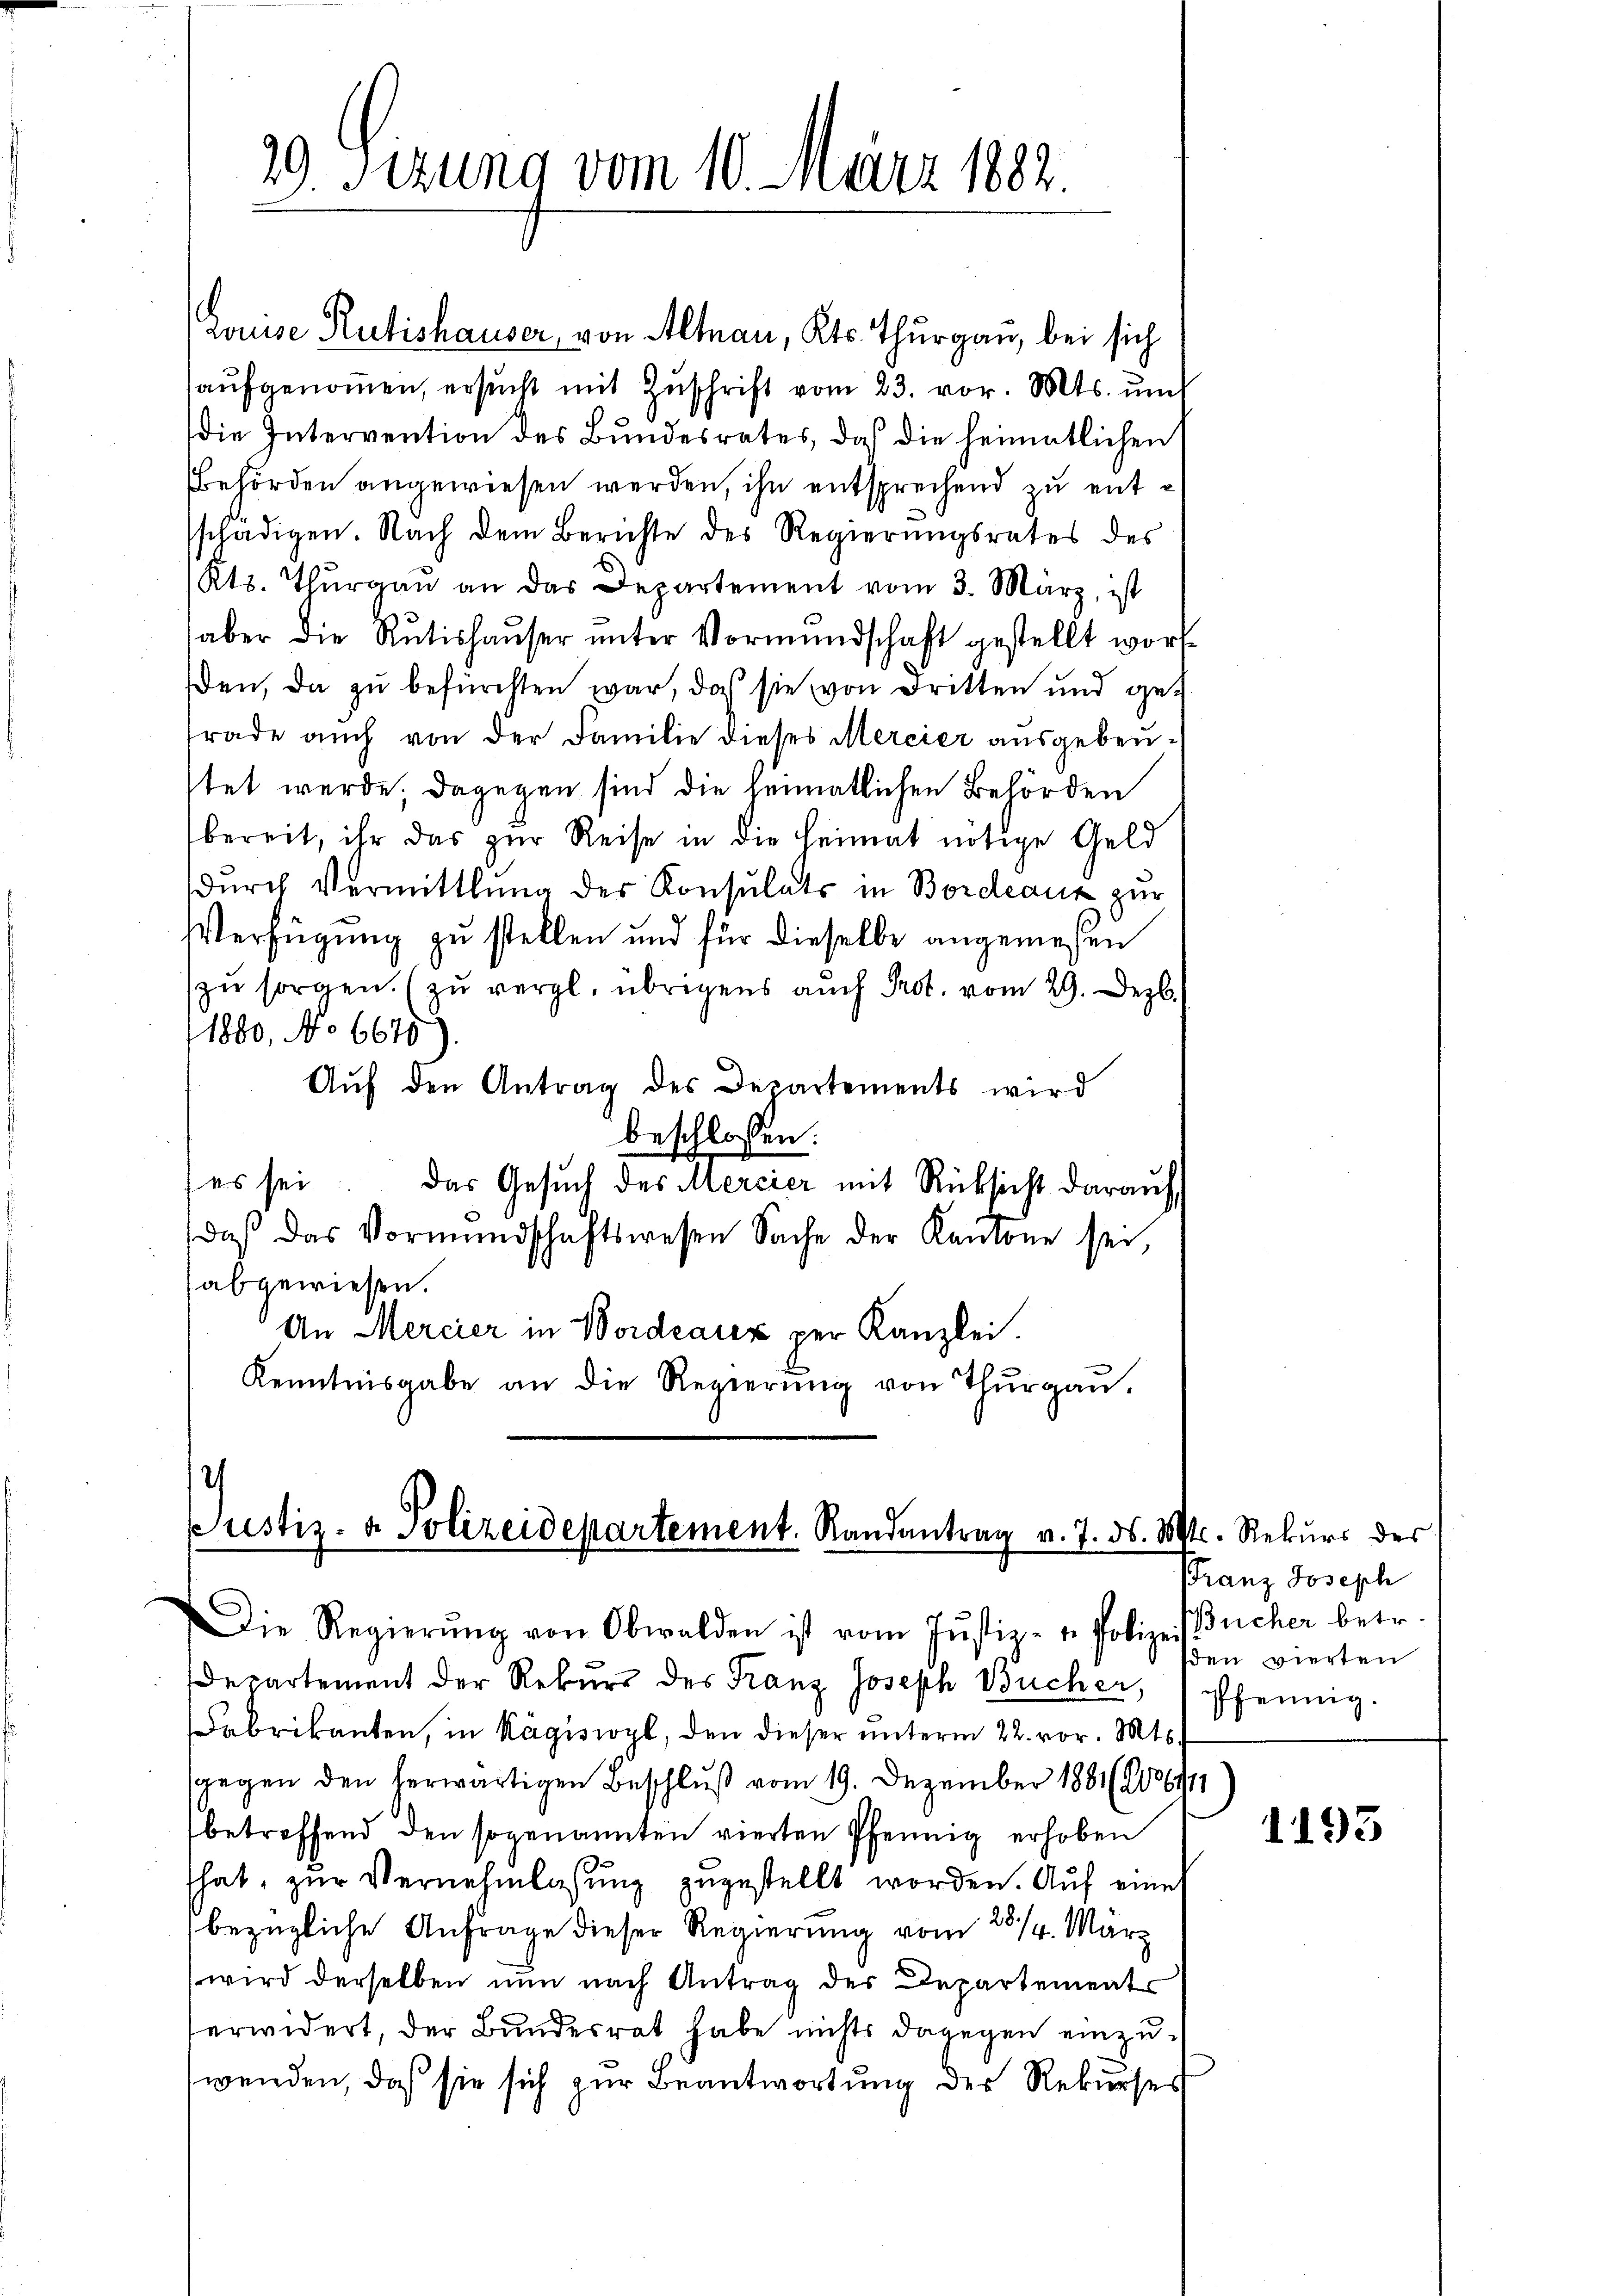
29. Sizung vom 10. März 1882.

Louise Rütishauser, von Altnau, Kts. Thurgau, bei sich
aŭfgenoṁen, ersŭcht mit Zŭschrift vom 23. vor. Mts. ŭm
die Intervention des Bundesrates, daß die heimatlichen
Behörden angewiesen werden, ihn entsprechend zu entschädigen. Nach dem Berichte des Regierŭngsrates des
Kts. Thŭrgaŭ an das Departement vom 3. März, ist
aber die Rütishaŭser ŭnter Vormŭndschaft gestellt wor
ßen, da zu befürchten war, daß sie von Dritten und gerade auch von der Familie dieses Mercier ausgebenstet werde; dagegen sind die heimatlichen Behörden
bereit, ihr das zur Reise in die Heimat nötige Geld
durch Vermittlung der Konsulats in Bordeaus zur
Verfügung zu stellen und für dieselbe angemessen
zu sorgen. (zu vergl. übrigens auch Prot. vom 29. Dez.
1880, No 6675).
Aŭf den Antrag des Departements wird
beschlossen:
(es sei. Das Gesŭch des Mercier mit Rücksicht darauf
daβ das Vormundschaftswesen Sache der Kantone sei,
abgewiesen.
An Mercier in Vordeaux per Kanzlei.
Kenntnisgabe an die Regierŭng von Thŭrgaŭ.

2
lustiz- & Polizeidepartement. Randantrag v. 7. ds.

Die Regierŭng von Obwalden ist vom Jŭstiz- u. Polizei Bücher betr.
Departement der Rekŭrs des Franz Joseph Bücher,
Fabrikanten, in Kägiswyl, den dieser unterm 22. vor. Mts.
gegen den herwärtigen Beschluß vom 19. Dezember 1881/1106111
betreffend den sogenannten vierten Pfennig erhoben
hat, zur Vernehmlassung zugestellt worden. Auf eine
bezügliche Anfrage dieser Regierung vom 28/4. März
wird derselben nun nach Antrag des Departements
erwidert, der Bundesrat habe nichts dagegen einzuwenden, daß sie sich zur Beantwortung der Rekurses

Mts. Rekurs des
Franz Joseph
sden vierten
Pfennig.

1193